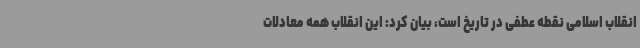
انقلاب اسلامی نقطه عطفی در تاریخ است، بیان کرد: این انقلاب همه معادلات